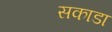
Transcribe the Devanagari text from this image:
सकाडा